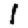
Digit: 1